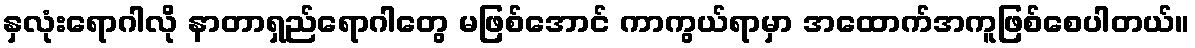
နှလုံးရောဂါလို နာတာရှည်ရောဂါတွေ မဖြစ်အောင် ကာကွယ်ရာမှာ အထောက်အကူဖြစ်စေပါတယ်။